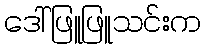
ဒေါ်ဖြူဖြူသင်းက